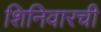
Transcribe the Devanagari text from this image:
शिनिवारची